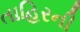
તાહિરની